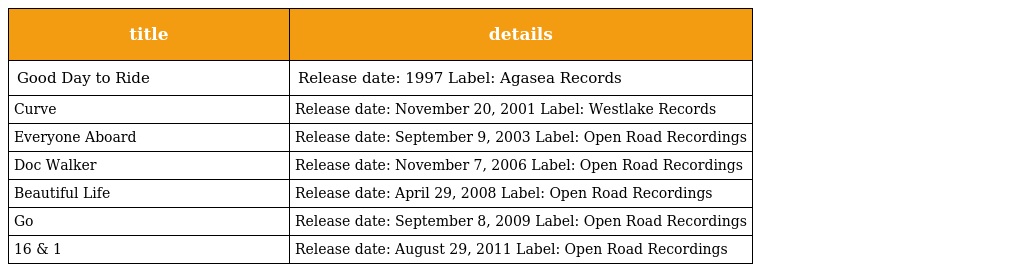
| title | details |
 | --- | --- |
 | Good Day to Ride | Release date: 1997 Label: Agasea Records |
 | Curve | Release date: November 20, 2001 Label: Westlake Records |
 | Everyone Aboard | Release date: September 9, 2003 Label: Open Road Recordings |
 | Doc Walker | Release date: November 7, 2006 Label: Open Road Recordings |
 | Beautiful Life | Release date: April 29, 2008 Label: Open Road Recordings |
 | Go | Release date: September 8, 2009 Label: Open Road Recordings |
 | 16 & 1 | Release date: August 29, 2011 Label: Open Road Recordings |